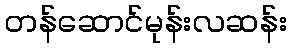
တန်ဆောင်မုန်းလဆန်း